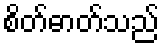
စိတ်ဓာတ်သည်